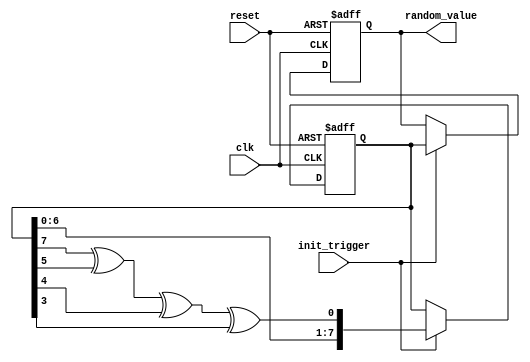
module random_init #(parameter WIDTH = 8,         // Width of the random value output
                     parameter SEED = 8'h1A)   // Default seed value
                    (input wire clk,           // Clock signal
                     input wire reset,         // Reset signal
                     input wire init_trigger,  // Trigger for random initialization
                     output reg [WIDTH-1:0] random_value // Output random value
                    );

    reg [WIDTH-1:0] lfsr; // LFSR register to hold the current random state

    // LFSR polynomial example for 8-bit: x^8 + x^6 + x^5 + x^4 + 1
    wire feedback = lfsr[7] ^ lfsr[5] ^ lfsr[4] ^ lfsr[3];

    // Initialization process
    always @(posedge clk or posedge reset) begin
        if (reset) begin
            lfsr <= SEED; // Reset the LFSR to the seed value
            random_value <= 0; // Clear the random value output
        end else if (init_trigger) begin
            lfsr <= {lfsr[WIDTH-2:0], feedback}; // Shift and feedback for next random value
            random_value <= lfsr; // Output the current random value
        end
    end

endmodule